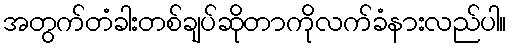
အတွက်တံခါးတစ်ချပ်ဆိုတာကိုလက်ခံနားလည်ပါ။